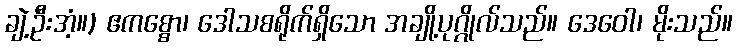
ချဲ့ဦးအံ့။) ဧကစ္စော၊ ဒေါသစရိုက်ရှိသော အချို့ပုဂ္ဂိုလ်သည်။ ဒေဝေါ၊ မိုးသည်။